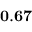
\mathbf { 0 . 6 7 }